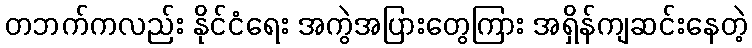
တဘက်ကလည်း နိုင်ငံရေး အကွဲအပြားတွေကြား အရှိန်ကျဆင်းနေတဲ့